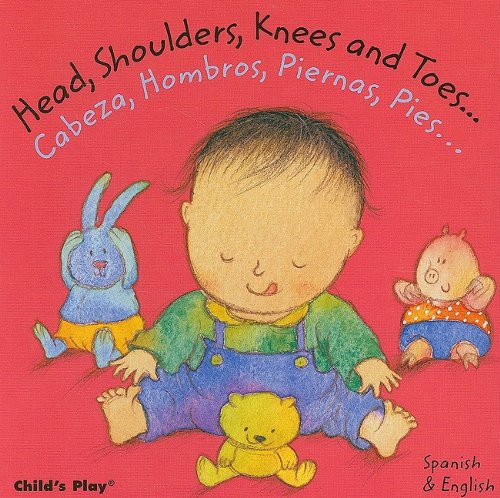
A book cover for Head, Shoulders, Knees and Toes/Cabeza, Hombros, Piernas, Pies (Dual Language Baby Board Books- English/Spanish) (English and Spanish Edition); Annie Kubler; Children's Books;